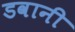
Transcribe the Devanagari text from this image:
डवानी